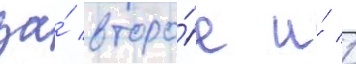
за́ второ́е и́ 1